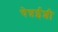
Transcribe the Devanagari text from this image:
चेन्नईशी